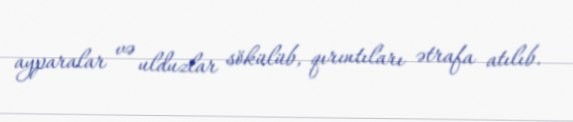
ayparalar və ulduzlar sökülüb, qırıntıları ətrafa atılıb.